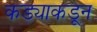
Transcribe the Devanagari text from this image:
कड्याकडून